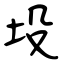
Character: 坄